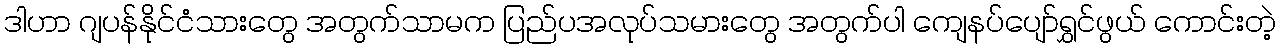
ဒါဟာ ဂျပန်နိုင်ငံသားတွေ အတွက်သာမက ပြည်ပအလုပ်သမားတွေ အတွက်ပါ ကျေနပ်ပျော်ရွှင်ဖွယ် ကောင်းတဲ့